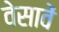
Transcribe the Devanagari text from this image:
वेसावें